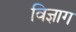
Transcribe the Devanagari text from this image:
विज्ञाग